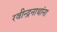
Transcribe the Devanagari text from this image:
रवीन्द्रनाथांना